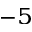
^ { - 5 }